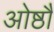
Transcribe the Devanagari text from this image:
ओष्ठौ